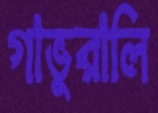
গাভুরালি